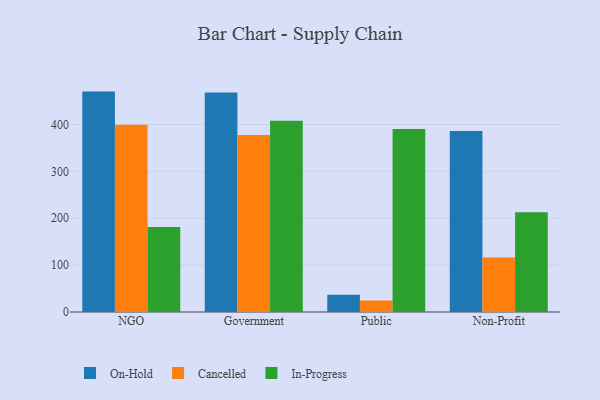
{"axis": {"x": "Segment", "y": "Inventory Turnover"}, "legend": ["Cancelled", "In-Progress", "On-Hold"], "data": [{"x": "NGO", "y": 470.2, "type": "On-Hold"}, {"x": "NGO", "y": 399.5, "type": "Cancelled"}, {"x": "NGO", "y": 181.6, "type": "In-Progress"}, {"x": "Government", "y": 468.4, "type": "On-Hold"}, {"x": "Government", "y": 377.8, "type": "Cancelled"}, {"x": "Government", "y": 407.8, "type": "In-Progress"}, {"x": "Public", "y": 36.8, "type": "On-Hold"}, {"x": "Public", "y": 24.8, "type": "Cancelled"}, {"x": "Public", "y": 390.3, "type": "In-Progress"}, {"x": "Non-Profit", "y": 386.0, "type": "On-Hold"}, {"x": "Non-Profit", "y": 116.3, "type": "Cancelled"}, {"x": "Non-Profit", "y": 212.9, "type": "In-Progress"}]}